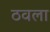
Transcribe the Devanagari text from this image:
ठवला